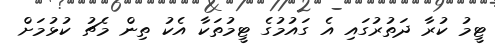
ޓީމު ކުރާ ދަތުރުގައި އެ ގައުމުގެ ޓީމުތަކާ އެކު ތިން މެޗު ކުޅުމަށް